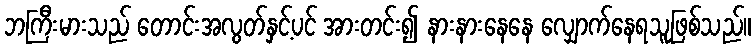
ဘကြီးမားသည် တောင်းအလွတ်နှင့်ပင် အားတင်း၍ နားနားနေနေ လျှောက်နေရသူဖြစ်သည်။